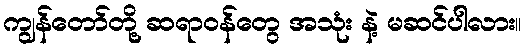
ကျွန်တော်တို့ ဆရာဝန်တွေ အသုံး နဲ့ မဆင်ပါလား။